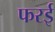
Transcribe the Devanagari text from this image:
फरई